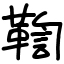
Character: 鞫